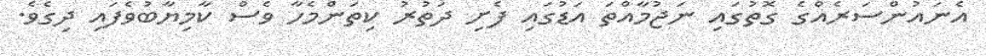
އެނައުންސަރެއްގެ ގޮތުގައި ނަޖުމާއްތަ އަޑުގައި ފެށި ދަތުރު ކިތަންމެހާ ވެސް ކާމިޔާބުވެފައި ދިގެވެ.